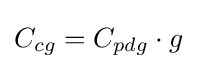
C_{cg}=C_{pdg}\cdot g